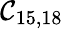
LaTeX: \mathcal{C}_{15,18}